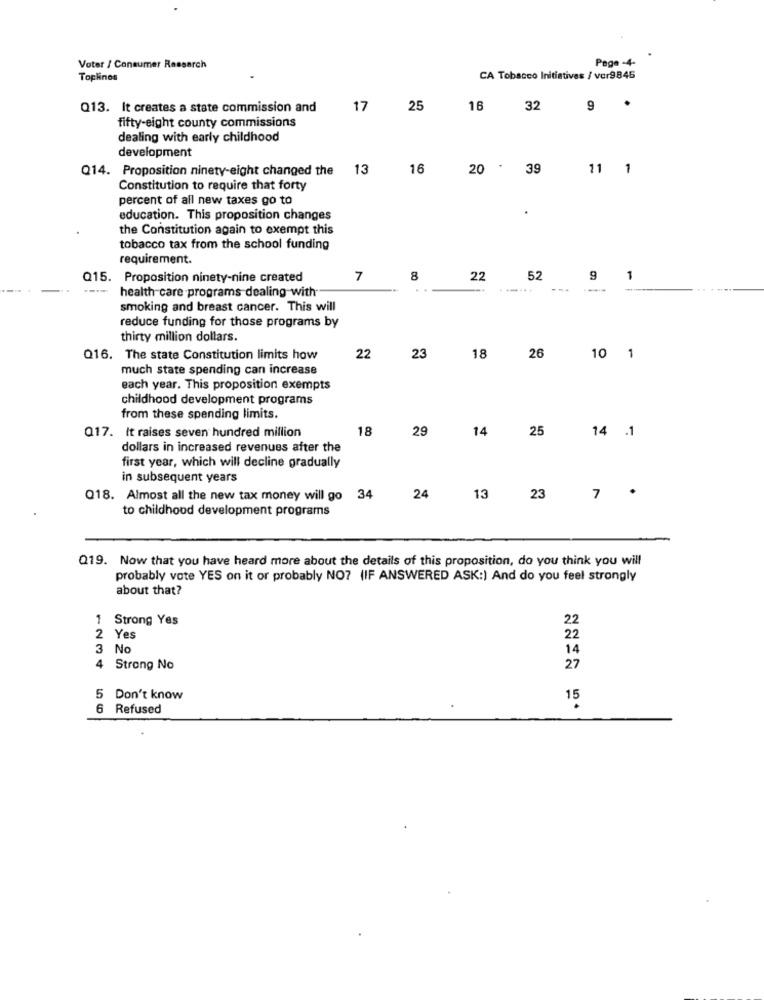
Page -4-
Voter / Consumer Research
Toplinos
CA Tobacco Initiatives / vcr9845
Q13. It creates a state commission and
17
25
16
32
9
.
fifty-eight county commissions
dealing with early childhood
development
Q14. Proposition ninety-eight changed the
13
16
20 . 39
11 1
Constitution to require that forty
percent of all new taxes go to
education. This proposition changes
the Constitution again to exempt this
tobacco tax from the school funding
requirement.
Q15. Proposition ninety-nine created
7
8
22
52
9
1
health care programs dealing with
smoking and breast cancer. This will
reduce funding for those programs by
thirty million dollars.
Q16. The state Constitution limits how
22
23
18
26
10 1
much state spending can increase
each year. This proposition exempts
childhood development programs
from these spending limits.
18
29
14
25
Q17. It raises seven hundred million
14 .1
dollars in increased revenues after the
first year, which will decline gradually
in subsequent years
.
Q18. Almost all the new tax money will go 34
24
13
23
7
to childhood development programs
Q19. Now that you have heard more about the details of this proposition, do you think you will
probably vote YES on it or probably NO7 (IF ANSWERED ASK:) And do you feel strongly
about that?
Strong Yes
22
2 Yes
22
3 No
14
4
Strong No
27
5 Don't know
6 Refused